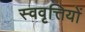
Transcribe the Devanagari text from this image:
स्ववृत्तियों